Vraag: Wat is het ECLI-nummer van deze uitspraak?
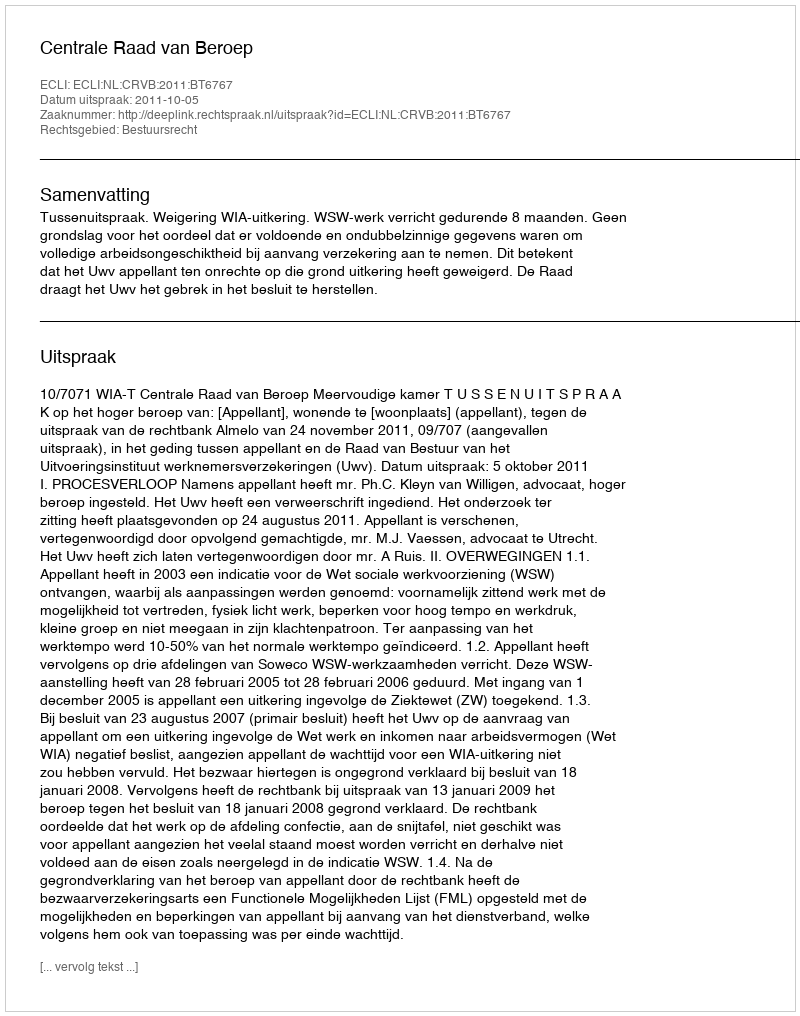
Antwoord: ECLI:NL:CRVB:2011:BT6767